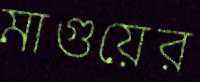
মাগুয়ের